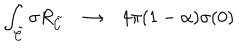
\int _ { { \tilde { \cal C } } } \sigma R _ { { \tilde { \cal C } } } \rightarrow 4 \pi ( 1 - \alpha ) \sigma ( 0 )